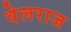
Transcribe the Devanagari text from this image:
वेलराज